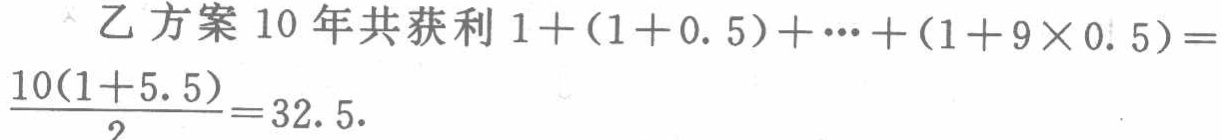
乙方案 10 年共获利 \(1+(1 + 0.5)+\cdots+(1 + 9\times0.5)=\frac{10(1 + 5.5)}{2}=32.5\).